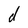
Character: d